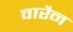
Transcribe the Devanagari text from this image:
वारैन